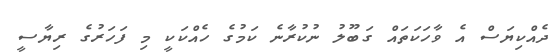
ދެއްކިޔަސް އެ ވާހަކަތައް ގަބޫލު ނުކުރާނެ ކަމުގެ ހެއްކަކީ މި ފަހަރުގެ ރިޔާސީ